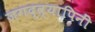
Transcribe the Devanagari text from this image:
जगद्व्यापिनीं